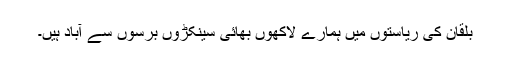
بلقان کی ریاستوں میں ہمارے لاکھوں بھائی سینکڑوں برسوں سے آباد ہیں۔